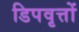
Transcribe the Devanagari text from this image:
डिपवृत्तों